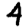
Digit: 4